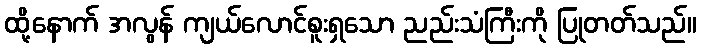
ထို့နောက် အလွန် ကျယ်လောင်စူးရှသော ညည်းသံကြီးကို ပြုတတ်သည်။